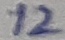
Text: 12